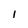
Character: l